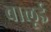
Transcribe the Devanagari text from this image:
बालूई